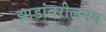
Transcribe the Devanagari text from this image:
झाडांवरीलमध